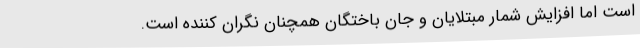
است اما افزایش شمار مبتلایان و جان باختگان همچنان نگران کننده است.